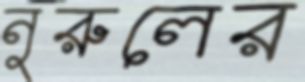
নুরুলের